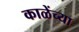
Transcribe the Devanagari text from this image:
काळेंच्या